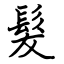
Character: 髮